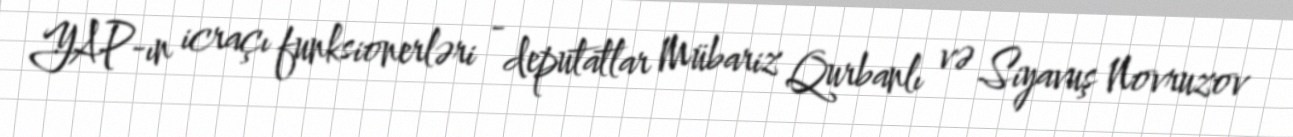
YAP-ın icraçı funksionerləri - deputatlar Mübariz Qurbanlı və Siyavuş Novruzov